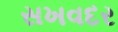
સખવદર